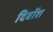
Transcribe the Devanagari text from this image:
दिबॉश